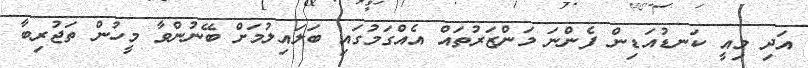
އަދި މިއީ ކަނޑުއަޑިން ފެންނަ މަންޒަރުތައް އެއްގަމުގައި ބަލައިލުމަށް ބޭނުންވާ މީހުން ތަޖުރިބާ